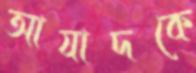
আযাদকে